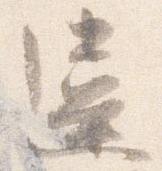
違